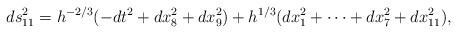
LaTeX: \begin{align*}ds^2_{11} = h^{-2/3} (-dt^2+dx_8^2+dx_9^2) +h^{1/3} (dx_1^2 + \cdots + dx_7^2+dx_{11}^2) ,\end{align*}